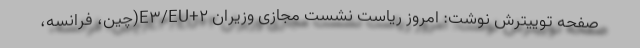
صفحه توییترش نوشت: امروز ریاست نشست مجازی وزیران E۳/EU+۲(چین، فرانسه،